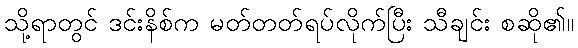
သို့ရာတွင် ဒင်းနိစ်က မတ်တတ်ရပ်လိုက်ပြီး သီချင်း စဆို၏။